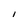
Character: l